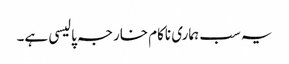
یہ سب ہماری ناکام خارجہ پالیسی ہے۔